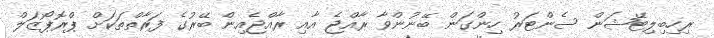
ރިހިބިލިޓޭޝަން ސެންޓަރު ހިންގަން ބޭނުންވާ ރާއްޖެ އާއި ރާއްޖެއިން ބޭރުގެ ފަރާތްތަކަށް ޕްރޮޕޯޒަލް